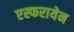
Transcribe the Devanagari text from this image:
एस्फरायेन